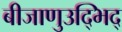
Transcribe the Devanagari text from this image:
बीजाणुउद्भिद्